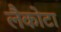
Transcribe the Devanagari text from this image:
लैकोटा